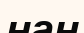
нан